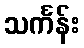
သင်္ကန်း